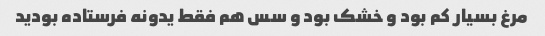
مرغ بسیار کم بود و خشک بود و سس هم فقط یدونه فرستاده بودید